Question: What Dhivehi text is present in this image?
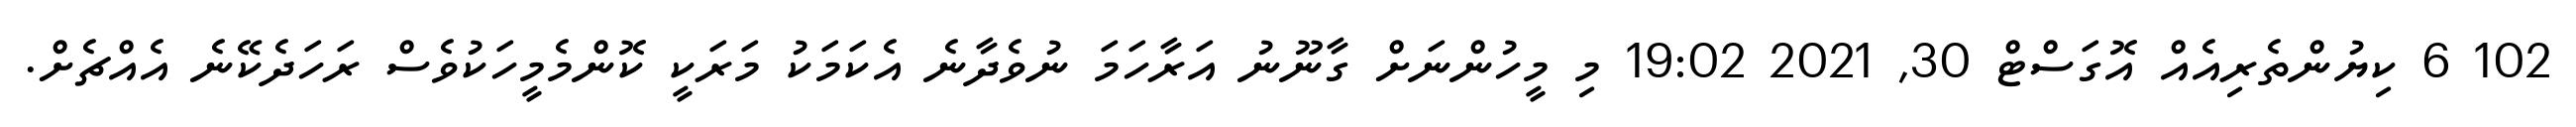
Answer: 102 6 ކިޔުންތެރިއެއް އޮގަސްޓް 30, 2021 19:02 މި މީހުންނަށް ގާނޫނު އަރާހަމަ ނުވެދާނެ އެކަމަކު މަރަކީ ކޮންމެމީހަކުވެސް ރަހަދެކޭނެ އެއްޗެށް.